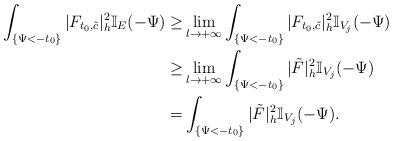
LaTeX: \begin{align*}\int_{ \{\Psi<-t_0\}}|F_{t_0,\tilde{c}}|^2_h\mathbb{I}_E(-\Psi)\ge&\lim_{l \to +\infty} \int_{ \{\Psi<-t_0\}}|F_{t_0,\tilde{c}}|^2_h\mathbb{I}_{V_j}(-\Psi)\\\ge&\lim_{l \to +\infty} \int_{ \{\Psi<-t_0\}}|\tilde F|^2_h\mathbb{I}_{V_j}(-\Psi)\\=& \int_{ \{\Psi<-t_0\}}|\tilde F|^2_h\mathbb{I}_{V_j}(-\Psi).\end{align*}